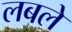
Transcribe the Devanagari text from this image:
लबले